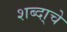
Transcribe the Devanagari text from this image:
शब्दा्चे